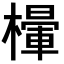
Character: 𣜸